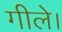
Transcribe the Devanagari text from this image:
गीले।